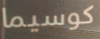
كوسيما